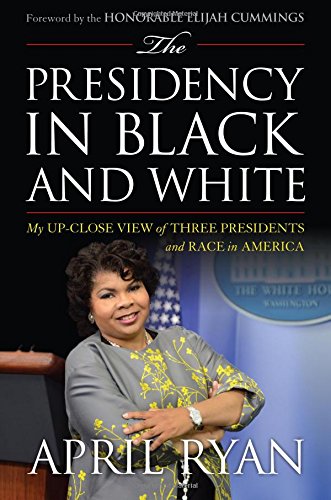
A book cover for The Presidency in Black and White: My Up-Close View of Three Presidents and Race in America; April Ryan; Biographies & Memoirs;